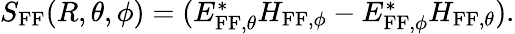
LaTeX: \begin{array}{r}{S_{\textrm{FF}}(R,\theta,\phi)=(E_{\textrm{FF},\theta}^{*}H_{\textrm{FF},\phi}-E_{\textrm{FF},\phi}^{*}H_{\textrm{FF},\theta}).}\end{array}